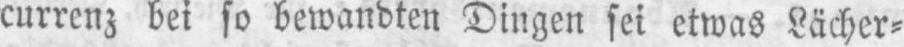
currenz bei so bewandten Dingen sei etwas Lächer⸗